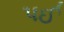
પઈ